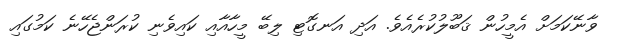
ވާނޭކަމަށް އެމީހުން ޤަބޫލުކުރެއެވެ. އަދި އަނގޮޓި ލިބޭ މީހާއާއި ކައިވެނި ކުރަންޖެހޭނެ ކަމުގައި